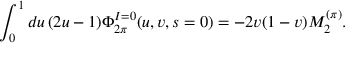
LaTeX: \int _ { 0 } ^ { 1 } d u \, ( 2 u - 1 ) \Phi _ { 2 \pi } ^ { I = 0 } ( u , v , s = 0 ) = - 2 v ( 1 - v ) M _ { 2 } ^ { ( \pi ) } .